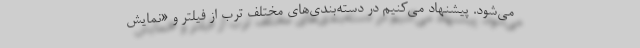
می‌شود. پیشنهاد می‌کنیم در دسته‌بندی‌های مختلف ترب از فیلتر و «نمایش